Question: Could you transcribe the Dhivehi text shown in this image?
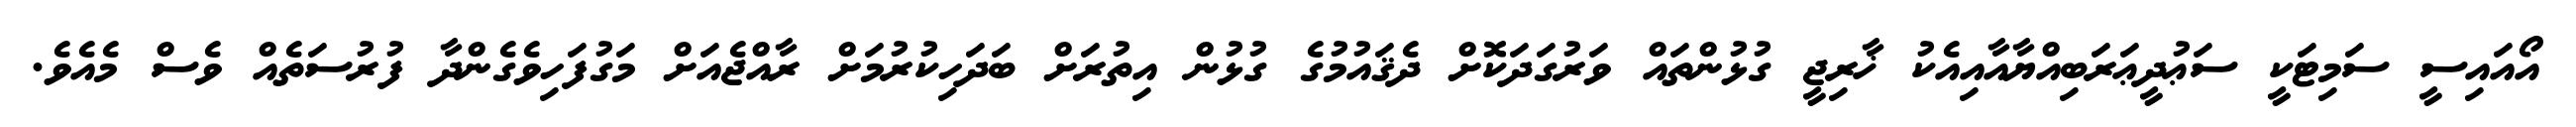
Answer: އޯއައިސީ ސަމިޓަކީ ސަޢުދީޢަރަބިއްޔާއާއިއެކު ޚާރިޖީ ގުޅުންތައް ވަރުގަދަކޮށް ދެޤައުމުގެ ގުޅުން އިތުރަށް ބަދަހިކުރުމަށް ރާއްޖެއަށް މަގުފަހިވެގެންދާ ފުރުސަތެއް ވެސް މެއެވެ.